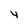
Character: 4